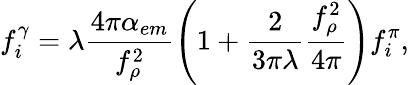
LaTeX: f_{i}^{\gamma}=\lambda\frac{4\pi\alpha_{em}}{f_{\rho}^{2}}\left(1+\frac{2}{3\pi\lambda}\frac{f_{\rho}^{2}}{4\pi}\right)f_{i}^{\pi},